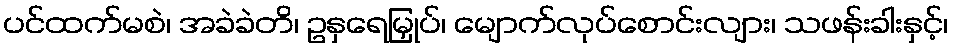
ပင်ထက်မစဲ၊ အခဲခဲတိ၊ ဥနှရေမြှုပ်၊ မျောက်လုပ်စောင်းလျား၊ သဖန်းခါးနှင့်၊